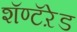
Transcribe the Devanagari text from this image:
शॅण्टॅऱेड